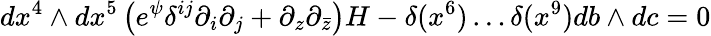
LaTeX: dx^{4}\wedge dx^{5}\left(e^{\psi}\delta^{ij}\partial_{i}\partial_{j}+\partial_{z}\partial_{\bar{z}}\right)H-\delta(x^{6})\ldots\delta(x^{9})db\wedge dc=0